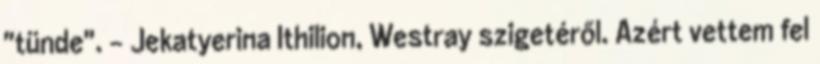
"tünde". - Jekatyerina Ithilion, Westray szigetéről. Azért vettem fel